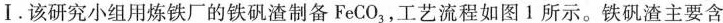
Ⅰ。该研究小组用炼铁厂的铁矾渣制备FeCO_{3}，工艺流程如图1所示。铁矾渣主要含